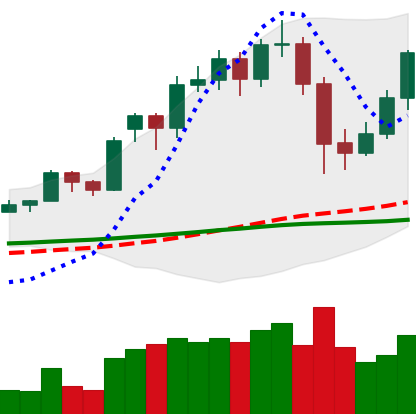
Ticker: LTC-USD
Chart end date: 2020-11-30
Forward return: -5.088%
Label: down_5_7